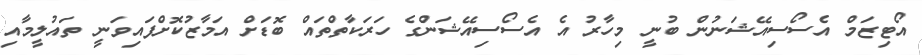
އޯޓިޒަމް އެސޯސިއޭޝަނުން ބުނީ މިހާރު އެ އެސޯސިއޭޝަންގެ ހަރަކާތްތައް ބޮޑަށް އަމާޒުކޮށްފައިވަނީ ތައުލީމާއި